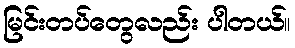
မြင်းတပ်တွေလည်း ပါတယ်။